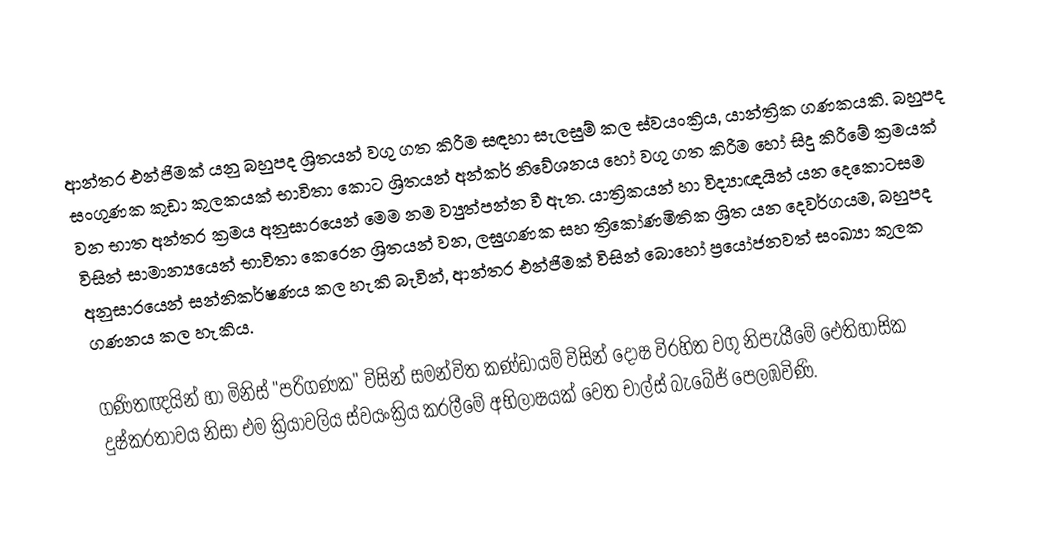
ආන්තර එන්ජිමක් යනු බහුපද ශ්‍රිතයන් වගු ගත කිරීම සඳහා සැලසුම් කල ස්වයංක්‍රිය, යාන්ත්‍රික ගණකයකි. බහුපද සංගුණක කුඩා කුලකයක් භාවිතා කොට ශ්‍රිතයන් අන්කර් නිවේශනය හෝ වගු ගත කිරීම හෝ සිදු කිරීමේ ක්‍රමයක් වන භාත අන්තර ක්‍රමය අනුසාරයෙන් මෙම නම ව්‍යුත්පන්න වී ඇත. යාත්‍රිකයන් හා විද්‍යාඥයින් යන දෙකොටසම විසින් සාමාන්‍යයෙන් භාවිතා කෙරෙන ශ්‍රිතයන් වන, ලඝුගණක සහ ත්‍රිකෝණමිතික ශ්‍රිත යන දෙවර්ගයම, බහුපද අනුසාරයෙන් සන්නිකර්ෂණය කල හැකි බැවින්, ආන්තර එන්ජිමක් විසින් බොහෝ ප්‍රයෝජනවත් සංඛ්‍යා කුලක ගණනය කල හැකිය.

ගණිතඥයින් හා මිනිස් "පරිගණක" විසින් සමන්විත කණ්ඩායම් විසින් දෝෂ විරහිත වගු නිපැයීමේ ඓතිහාසික දුෂ්කරතාවය නිසා එම ක්‍රියාවලිය ස්වයංක්‍රිය කරලීමේ අභිලාෂයක් වෙත චාල්ස් බැබේජ් පෙලඹවිණි.